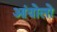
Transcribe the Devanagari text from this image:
आंयोलो